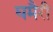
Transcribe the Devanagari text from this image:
घमैरी